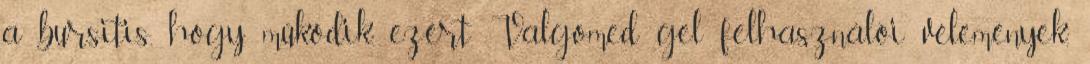
a bursitis, hogy működik, ezért Valgomed gel felhasználói vélemények,